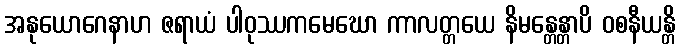
အနုယောဂေနာဟ ဇရာယံ ပါဝုဿကမေဃော ကာလတ္တယေ နိမန္တေန္တာပိ ဝစနီယန္တိ